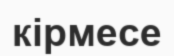
кірмесе